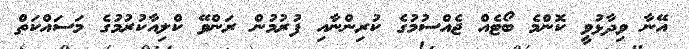
އޭނާ ވިދާޅުވީ ކޮންމެ ބޯޓެއް ޖެއްސުމުގެ ކުރިންނާއި ފުރުމުން ރަންވޭ ކްލިއާކުރުމުގެ މަސައްކަތް